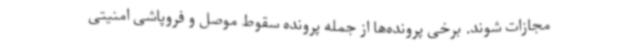
مجازات شوند. برخی پرونده‌ها از جمله پرونده سقوط موصل و فروپاشی امنیتی